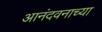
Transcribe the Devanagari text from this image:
आनंदवनाच्या